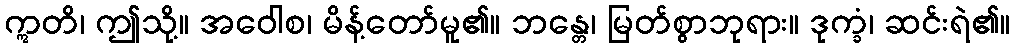
ဣတိ၊ ဤသို့။ အဝေါစ၊ မိန့်တော်မူ၏။ ဘန္တေ၊ မြတ်စွာဘုရား။ ဒုက္ခံ၊ ဆင်းရဲ၏။